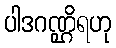
ပါဒဂဏ္ဌိရဟု